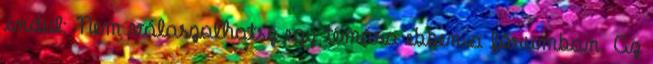
indul: Nem válaszolhatsz egy témára ebben a fórumban. Az